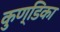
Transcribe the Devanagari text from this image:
कुण्डिका